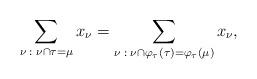
LaTeX: \begin{align*}\sum_{\nu\;:\;\nu \cap \tau = \mu} x_\nu = \sum_{\nu\;:\;\nu \cap \varphi_\tau(\tau) = \varphi_\tau(\mu)} x_\nu,\end{align*}